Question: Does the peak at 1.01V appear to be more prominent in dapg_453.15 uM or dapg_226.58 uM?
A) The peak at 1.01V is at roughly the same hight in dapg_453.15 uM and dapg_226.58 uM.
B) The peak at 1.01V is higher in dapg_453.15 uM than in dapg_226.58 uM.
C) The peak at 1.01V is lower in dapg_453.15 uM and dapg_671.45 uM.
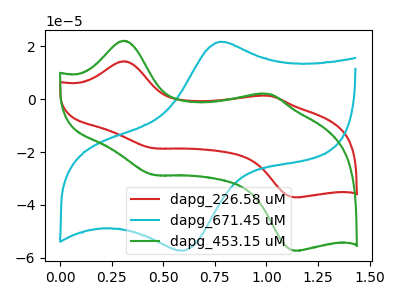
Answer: <think>The red curve "dapg_226.58 uM" has anodic peaks at (0.30V, 14.35uA) (1.00V, 1.30uA) and cathodic peaks at (0.45V, -18.55uA) (1.15V, -37.15uA). The cyan curve "dapg_671.45 uM" has an anodic peak at (0.80V, 21.75uA) and a cathodic peak at (0.60V, -57.35uA). The green curve "dapg_453.15 uM" has anodic peaks at (0.30V, 22.10uA) (1.00V, 2.00uA) and cathodic peaks at (0.45V, -28.65uA) (1.15V, -57.35uA).</think>
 <answer>B) The peak at 1.01V is higher in "dapg_453.15 uM" than in "dapg_226.58 uM".</answer>
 <eval>B</eval>